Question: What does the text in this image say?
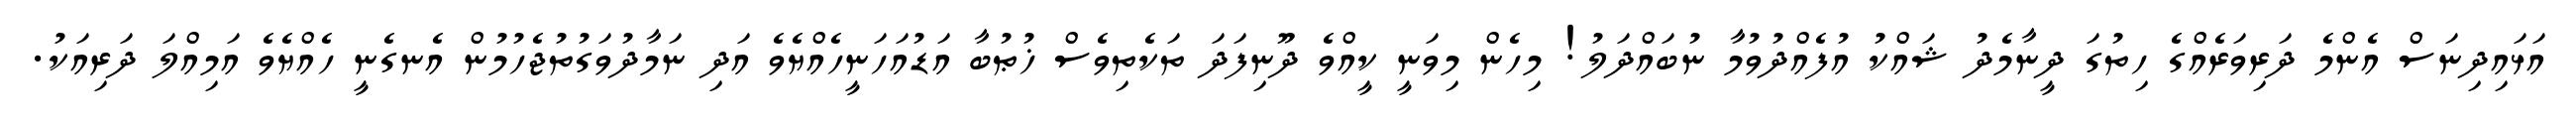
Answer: އަޅައިދިނަސް އެންމެ ދަރިވަރެއްގެ ހިތުގަ ދީނާމެދު ޝައްކު އުފެއްދުވުމާ ނުބައްދަލު! މިހެން މިވަނީ ކީއްވެ ދޫނިފަދަ ތަކެތިވެސް ޚުޠުބާ އަޑުއަހަނީހެއްޔެވެ އަދި ނަމާދުވަގުތުޖެހުމުން އެނގެނީ ހެއްޔެވެ އަމިއްލަ ދަރިއަކު.